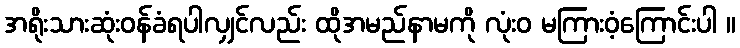
အရိုးသားဆုံးဝန်ခံရပါလျှင်လည်း ထိုအမည်နာမကို လုံးဝ မကြားဝံ့ကြောင်းပါ ။